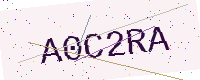
Text: A0C2RA